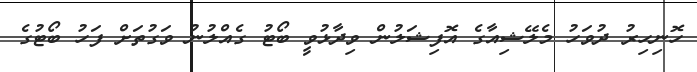
ހޮނިހިރު ދުވަހު މެލޭޝިއާގެ އޮފިޝަލުން ވިދާޅުވީ ބޯޓު ގެއްލުނު ވަގުތަށް ފަހު ބޯޓުގެ